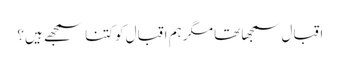
اقبال سمجھا تھا مگر ہم اقبال کو کتنا سمجھے ہیں؟